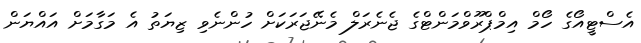
އެސްޓީއޯގެ ހޯމް އިމްޕްރޫވްމަންޓްގެ ޖެނެރަލް މެނޭޖަރަކަށް ހުންނެވި ޒިޔަތު އެ މަގާމަށް އައްޔަން